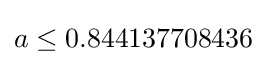
a\leq 0.844137708436